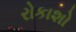
રોકાશો